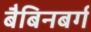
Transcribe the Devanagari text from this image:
बैबिनबर्ग